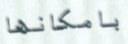
بامكانها